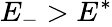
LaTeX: E_{-}>E^{*}